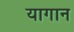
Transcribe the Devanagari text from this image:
यागान